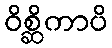
ဝိစ္ဆိကာပိ